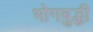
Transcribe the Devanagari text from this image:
भोगबुद्धी